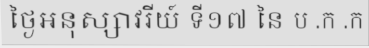
ថ្ងៃអនុស្សាវរីយ៍ ទី១៧ នៃ ប .ក .ក